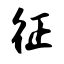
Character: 征